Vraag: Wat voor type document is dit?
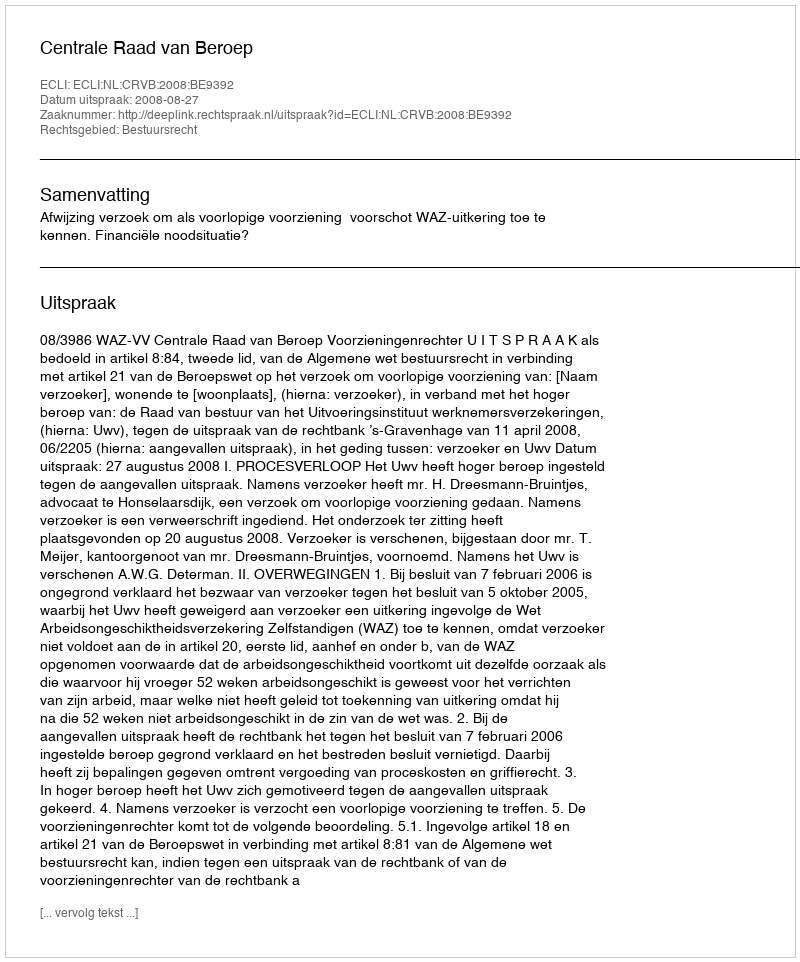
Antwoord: Uitspraak